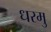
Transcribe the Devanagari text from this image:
धरमु